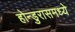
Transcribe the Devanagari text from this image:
होन्डुरासमध्ये